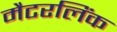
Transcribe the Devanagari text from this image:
मैटरलिंक